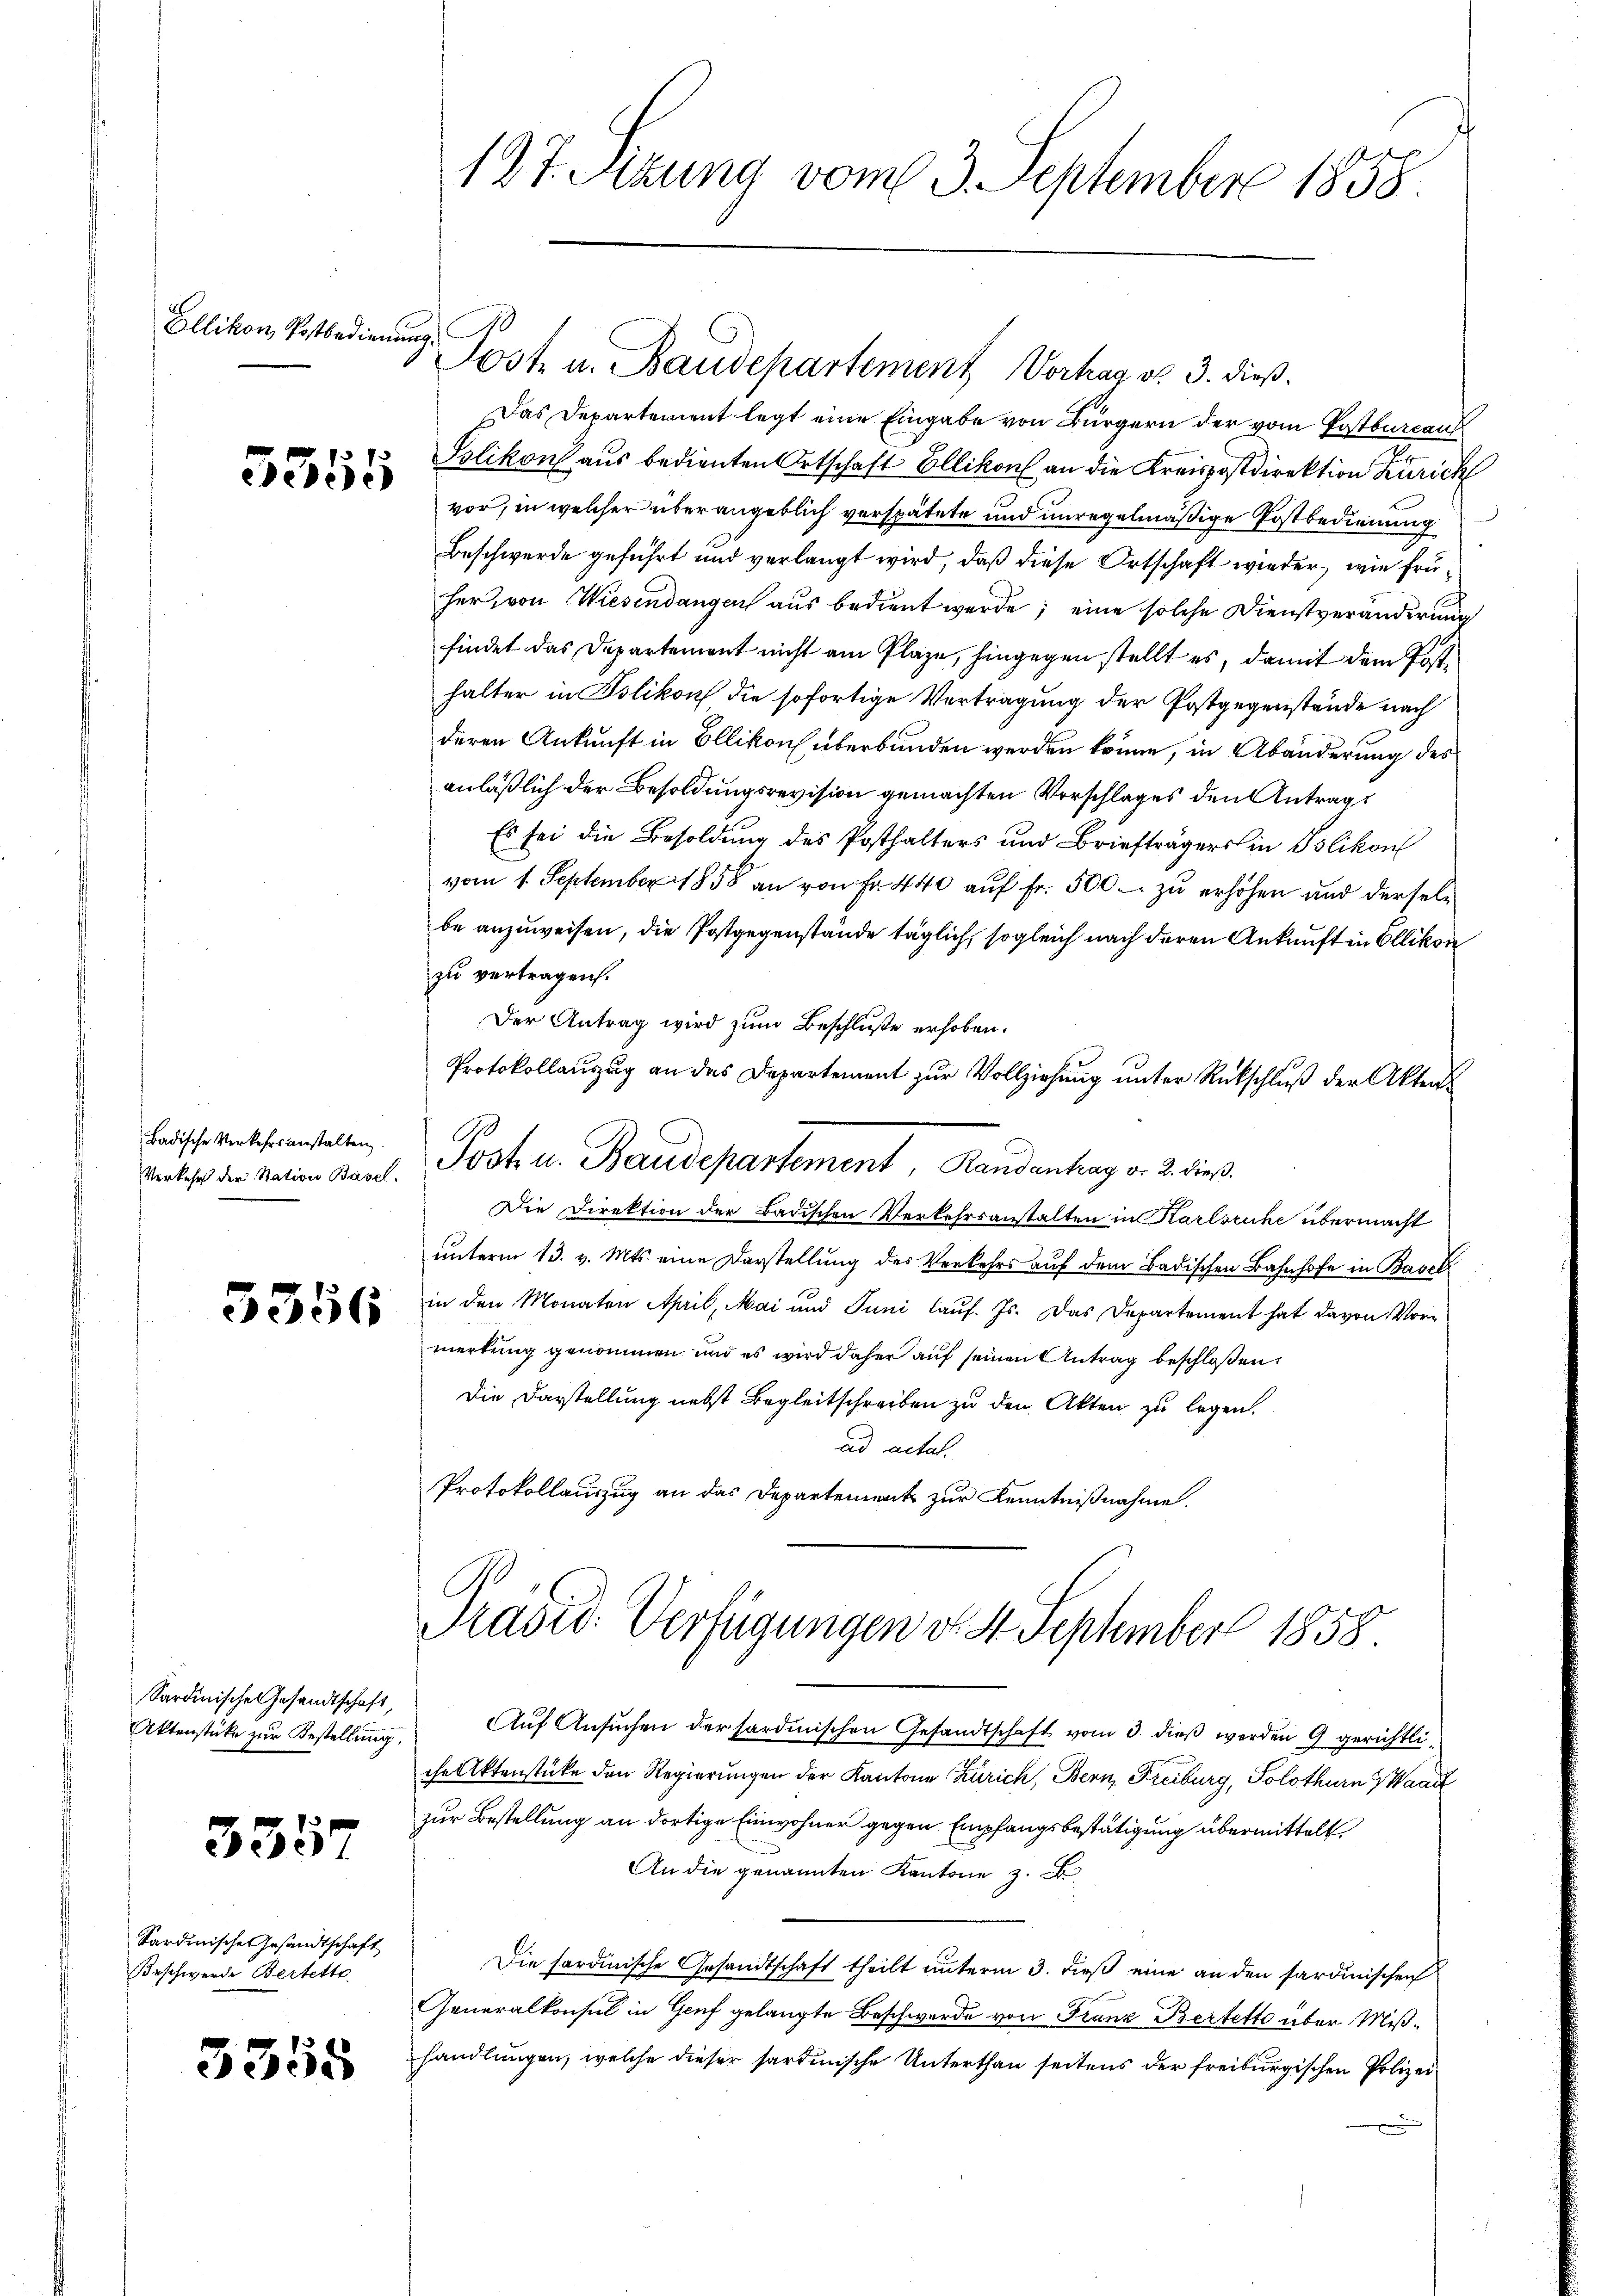
Ellikon, Postbedienung.

5355

Badische Verkehrsanstalten

5356

Sardinische Gesandtschaft,

5357

Sardinische Gesandtschaft
Beschwerde Bertette

3355

127. Sitzung vom 3. September 1858

vor, in welcher überangeblich verspätete und unregelmäßige Postbedienung
Beschwerde geführt und verlangt wird, daß diese Ortschaft wieder, wie früher, von Wiesendangen aus bedient werde; eine solche Dienstveränderung
findet das Departement nicht am Plaze, hingegen stellt es, damit dem Posthalter in Bolikon die sofortige Vertragung der Postgegenstände nach
deren Ankunft in Ellikon überbunden werden könne, in Abänderung des
anläßlich der Besoldungsrevision gemachten Vorschlages den Antrag
Es sei die Besoldung des Posthalters und Briefträgers in Polikon
vom 1. September 1858 an von Fr. 440 auf Fr. 500 zu erhöhen und derselbe anzuweisen, die Postgegenstände täglich, sogleich nach deren Ankunft in Ellikon
zu vertragen.
Der Antrag wird zum Beschluße erhoben.
Protokollauszug an des Departement zur Vollziehung unter Rückschluß der Akten
Antisch den Ration sind. Post u. Baudepartement, Handentrag v. 2. dieß
Die Direktion der Badischen Verkehrsanstalten in Karlsruhe übermacht
unterm 13. v. Mts. eine Darstellung des Verkehrs auf dem Badischen Bahnhofe in Basel
in den Monaten April, Mai und Juni laŭf. Js. Das Departement hat davon Vormerkung genommen und es wird daher auf seinen Antrag beschloßen:
Die Darstellung nebst Begleitschreiben zu den Akten zu legen.
ad actat.
Protokollauszug an das Departement zur Kenntnißnahme.

Post u. Baudepartement Vortrag v. 3. dieß.
Das Departement legt eine Eingabe von Bürgern der vom Postbureau
Polikon aus bedienten Ortschaft Ellikon an die Kreispostdirektion Zürich

Prädid. Verfügungen d. 4. September 1858

Aktenstücke zur Bestellung Auf Ansuchen der fordinischen Gesandtschaft vom 3. dieß werden 9 gerichten
che Aktenstücke den Regierungen der Kantone Zürich, Bern, Freiburg, Solothurn Waadt
zur Bestellung an dortige Einwohner gegen Empfangsbestätigung übermittelt
An die genannten Kantone z.
Die sardinische Gesandtschaft theilt unterm 3. dieß eine an den sardinischen
Generalkonsul in Genf gelangte Beschwerde von Franz Bertette über Mißhandlungen, welche dieser sardinische Unterthan seitens der freiburgischen Polizei¬